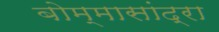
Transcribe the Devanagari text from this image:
बोम्मासांद्रा